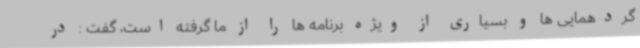
گردهمایی ها و بسیاری از ویژه برنامه ها را از ما گرفته است، گفت : در